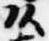
頭